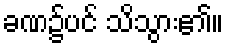
ခဏ၌ပင် သိသွား၏။